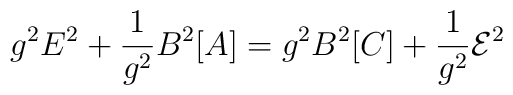
g^{2}E^{2}+\frac{1}{g^{2}}B^{2}[A]=g^{2}B^{2}[C] +\frac{1}{g^{2}}{\cal E}^{2}